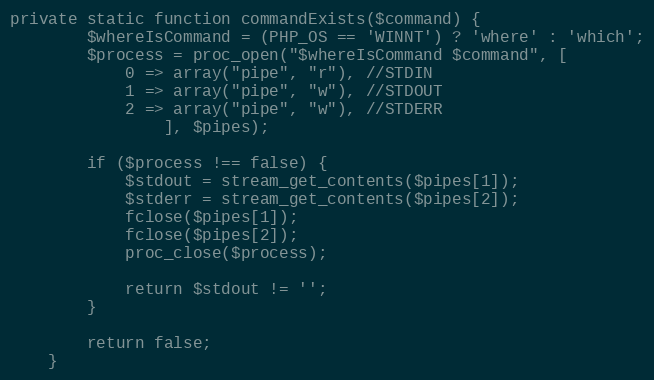
Language: PHP
private static function commandExists($command) {
		$whereIsCommand = (PHP_OS == 'WINNT') ? 'where' : 'which';
		$process = proc_open("$whereIsCommand $command", [
			0 => array("pipe", "r"), //STDIN
			1 => array("pipe", "w"), //STDOUT
			2 => array("pipe", "w"), //STDERR
				], $pipes);

		if ($process !== false) {
			$stdout = stream_get_contents($pipes[1]);
			$stderr = stream_get_contents($pipes[2]);
			fclose($pipes[1]);
			fclose($pipes[2]);
			proc_close($process);

			return $stdout != '';
		}

		return false;
	}